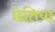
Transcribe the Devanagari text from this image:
छेतिया